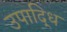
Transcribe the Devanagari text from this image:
उपाद्धि